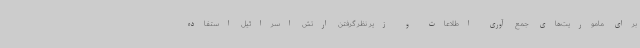
برای ماموریت‌های جمع آوری اطلاعات و زیر نظر گرفتن ارتش اسرائیل استفاده